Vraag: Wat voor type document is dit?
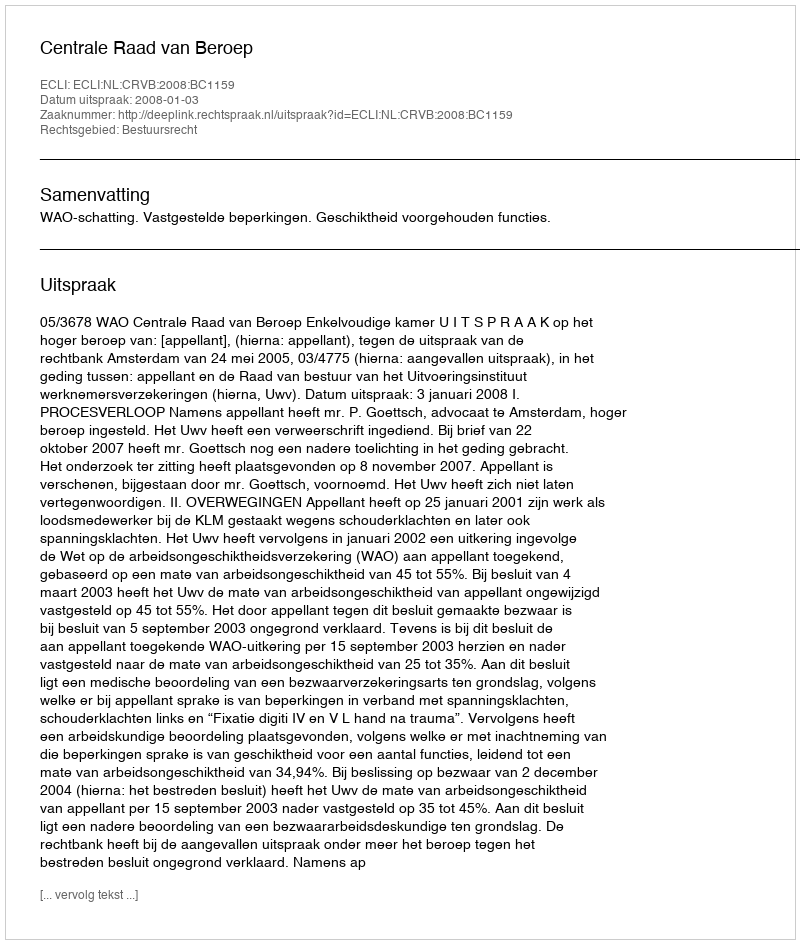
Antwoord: Uitspraak